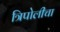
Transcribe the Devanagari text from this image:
त्रिपोलीचा